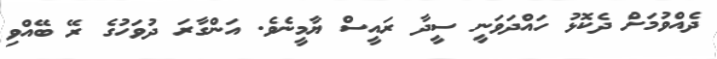
ދެއްވުމަށް ދެކޮޅު ހައްދަވަނީ ސީދާ ރައީސް ޔާމީނެވެ. އަންގާރަ ދުވަހުގެ ރޭ ބޭއްވި